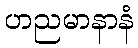
ဟညမာနာနံ